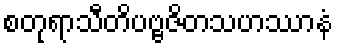
စတုရာသီတိပဗ္ဗဇိတသဟဿာနံ